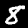
Digit: 8